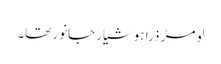
لومڑ ذرا ہوشیار جانور تھا۔